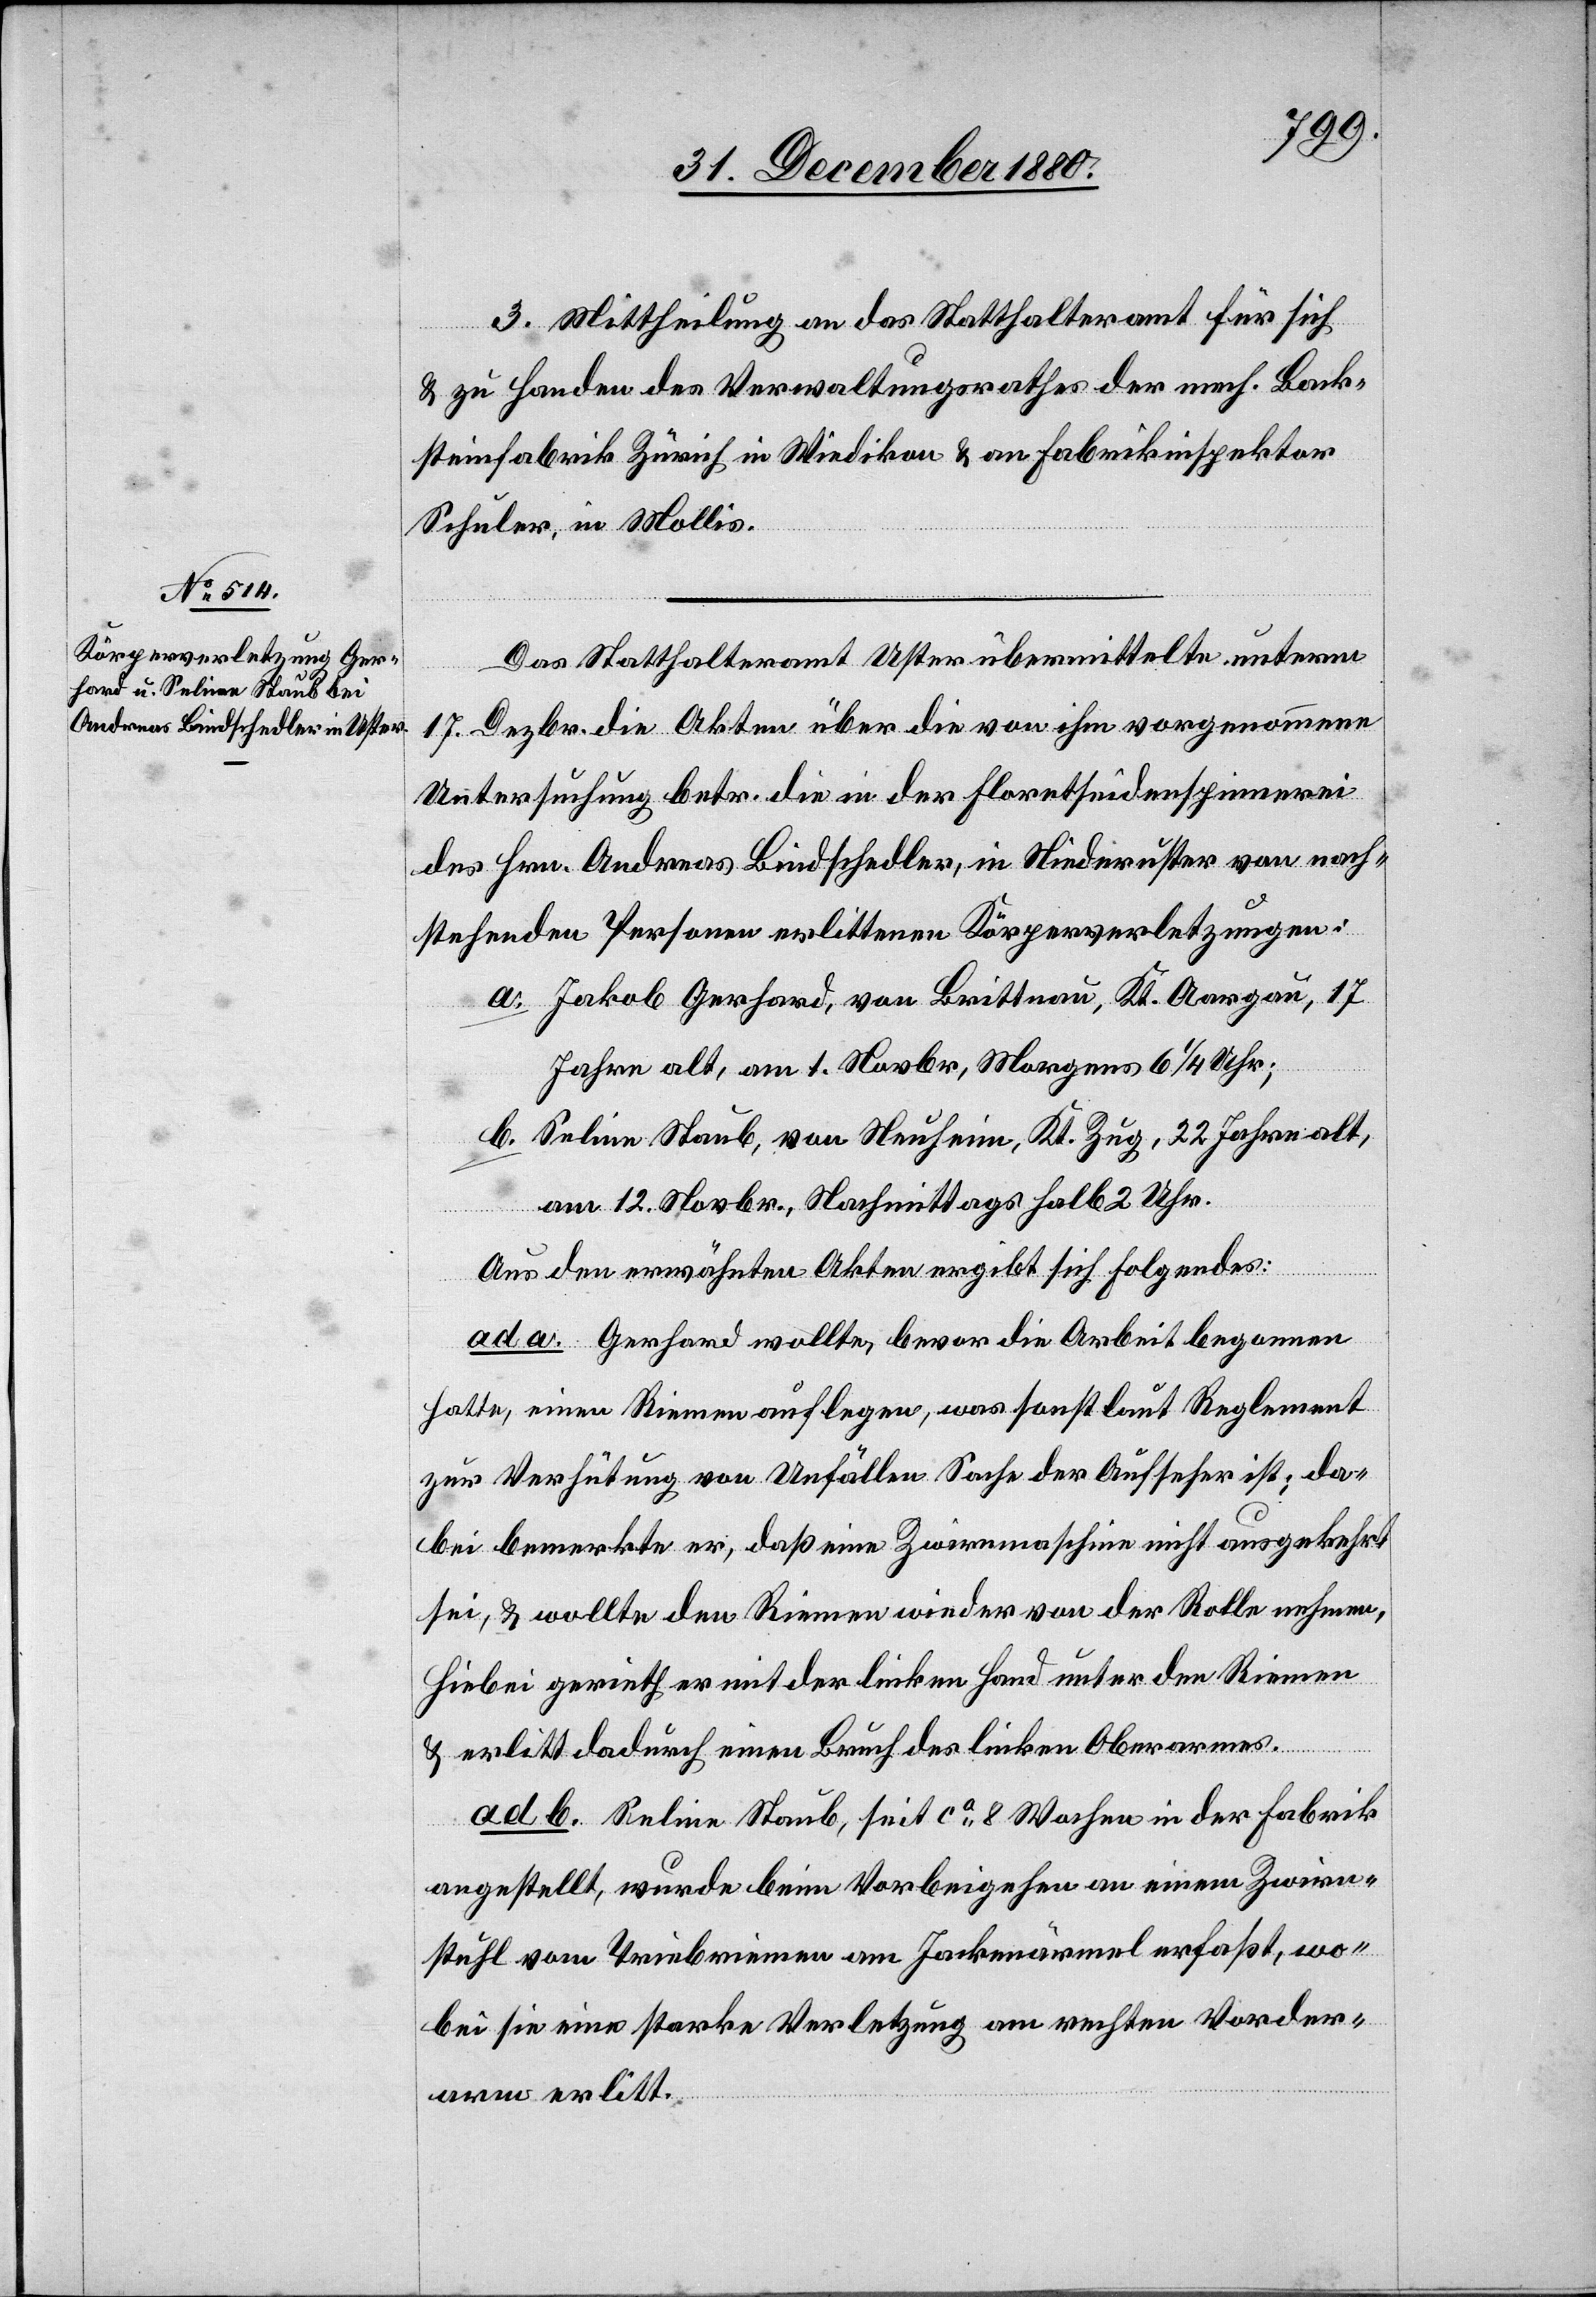
3. Mittheilung an das Statthalteramt für sich
& zu Handen des Verwaltungsrathes der mech. Back¬
steinfabrik Zürich in Wiedikon & an Fabrikinspektor
Schuler, in Mollis.
Das Statthalteramt Uster übermittelte unterm
17. Dezbr. die Akten über die von ihm vorgenommene
Untersuchung betr. die in der Floretseidenspinnerei
des Hrn. Andreas Bindschedler, in Niederuster von nach¬
stehenden Personen erlittenen Körperverletzungen:
a. Jakob Gerhard, von Brittnau, Kt. Aargau, 17
Jahre alt, am 1. Novbr., Morgens 6 1/4 Uhr;
b. Seline Staub, von Neuheim, Kt. Zug, 22 Jahre alt,
am 12. Novbr., Nachmittags halb 2 Uhr.
Aus den erwähnten Akten ergibt sich Folgendes:
ad a. Gerhard wollte, bevor die Arbeit begonnen
hatte, einen Riemen auflegen, was sonst laut Reglement
zur Verhütung von Unfällen Sache der Aufseher ist; da¬
bei bemerkte er, daß eine Zwirnmaschine nicht ausgekehrt
sei, & wollte den Riemen wieder von der Rolle nehmen,
hiebei gerieth er mit der linken Hand unter den Riemen
& erlitt dadurch einen Bruch des linken Oberarmes.
ad b. Seline Staub, seit ca 8 Wochen in der Fabrik
angestellt, wurde beim Vorbeigehen an einem Zwirn¬
stuhl vom Triebriemen am Jackenärmel erfaßt, wo¬
bei sie eine starke Verletzung am rechten Vorder¬
arm erlitt.